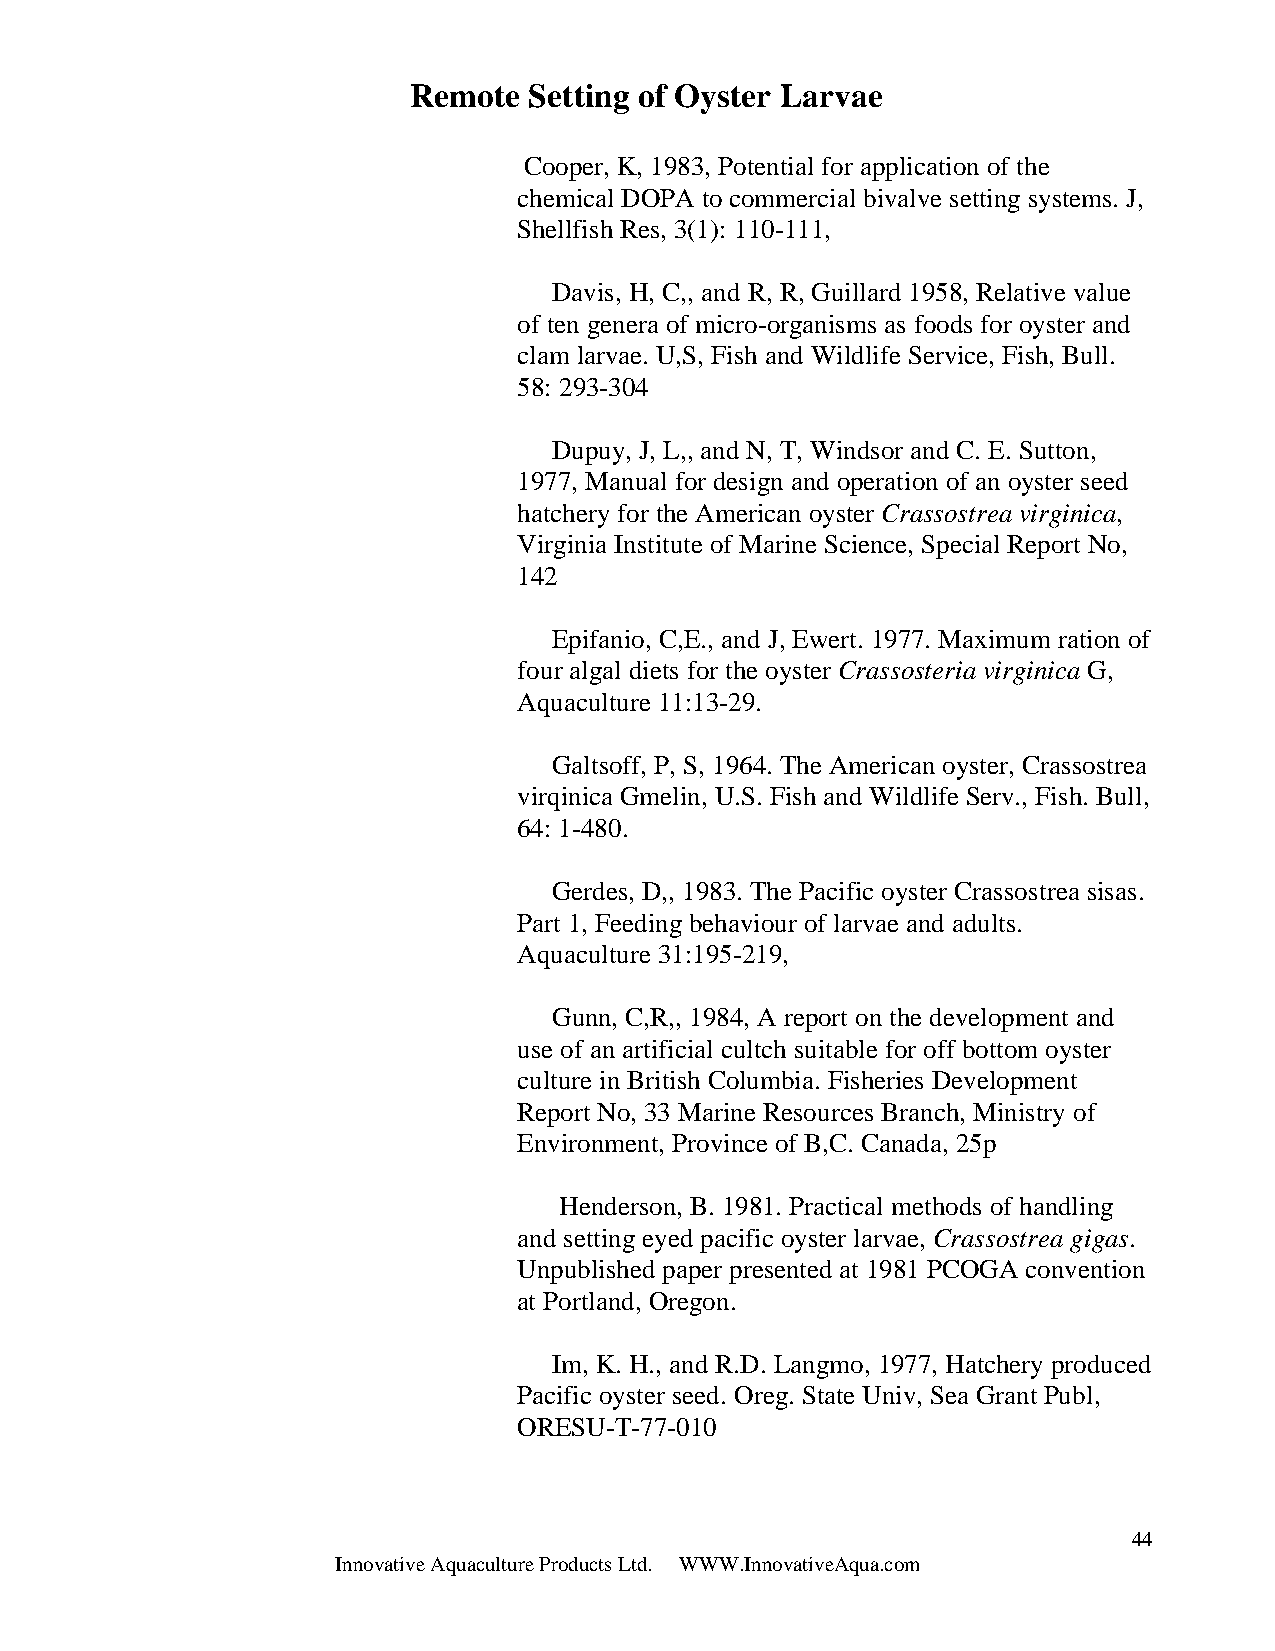
Remote  Setting of Oyster Larvae
 Cooper, K, 1983, Potential for application of the
 chemical DOPA to commercial bivalve setting systems. J,
 Shellfish Res, 3(1): 110-111,
 Davis, H, C,, and R, R, Guillard 1958, Relative value
 of ten genera of micro-organisms as foods for oyster and
 clam larvae. U,S, Fish and Wildlife Service, Fish, Bull.
 58: 293-304
 Dupuy, J, L,, and N, T, Windsor and C. E. Sutton,
 1977, Manual for design and operation of an oyster seed
 hatchery for the American oyster Crassostrea virginica,
 Virginia Institute of Marine Science, Special Report No,
 142
 Epifanio, C,E., and J, Ewert. 1977. Maximum ration of
 four algal diets for the oyster Crassosteria virginica G,
 Aquaculture 11:13-29.
 Galtsoff, P, S, 1964. The American oyster, Crassostrea
 virqinica Gmelin, U.S. Fish and Wildlife Serv., Fish. Bull,
 64: 1-480.
 Gerdes, D,, 1983. The Pacific oyster Crassostrea sisas.
 Part 1, Feeding behaviour of larvae and adults.
 Aquaculture 31:195-219,
 Gunn, C,R,, 1984, A report on the development and
 use of an artificial cultch suitable for off bottom oyster
 culture in British Columbia. Fisheries Development
 Report No, 33 Marine Resources Branch, Ministry of
 Environment, Province of B,C. Canada, 25p
 Henderson, B. 1981. Practical methods of handling
 and setting eyed pacific oyster larvae, Crassostrea gigas.
 Unpublished paper presented at 1981 PCOGA convention
 at Portland, Oregon.
 Im, K. H., and R.D. Langmo, 1977, Hatchery produced
 Pacific oyster seed. Oreg. State Univ, Sea Grant Publ,
 ORESU-T-77-010
 44
 Innovative Aquaculture Products Ltd. WWW.InnovativeAqua.com